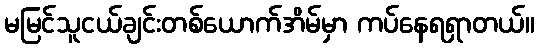
မမြင်သူငယ်ချင်းတစ်ယောက်အိမ်မှာ ကပ်နေရရှာတယ်။